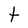
Character: t